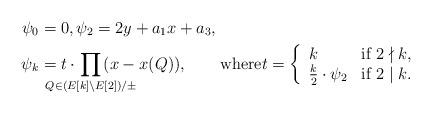
LaTeX: \begin{align*}\psi_0 &= 0,\psi_2 = 2y+a_1x+a_3,\\\psi_{k} &= t \cdot \!\!\!\!\!\!\!\!\!\!\!\! \prod_{Q\in (E[k]\setminus E[2])/\pm}\!\!\!\!\!\!\!\!\!\!\!\! (x-x(Q)),\qquad\mbox{where}t = \left\{\begin{array}{ll} k & \mbox{if $2\nmid k$,}\\ \frac{k}{2}\cdot \psi_2 &\mbox{if $2\mid k$.}\end{array}\right.\end{align*}